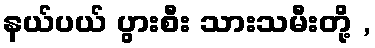
နယ်ပယ် ပွားစီး သားသမီးတို့ ,